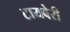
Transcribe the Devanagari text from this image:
टायबेरी